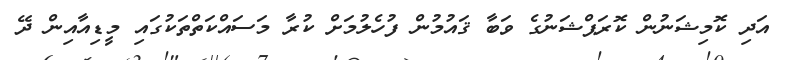
އަދި ކޮމިޝަނުން ކޮރަޕްޝަނުގެ ވަބާ ޤައުމުން ފުހެލުމަށް ކުރާ މަސައްކަތްތަކުގައި މީޑިއާއިން ދޭ